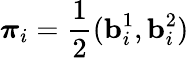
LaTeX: \boldsymbol{\pi}_{i}=\frac{1}{2}(\mathbf{b}_{i}^{1},\mathbf{b}_{i}^{2})